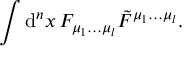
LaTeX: \int \mathrm { d } ^ { n } x \, F _ { \mu _ { 1 } \ldots \mu _ { l } } \tilde { F } ^ { \mu _ { 1 } \ldots \mu _ { l } } .